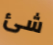
شئ